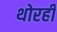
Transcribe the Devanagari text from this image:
थोरही